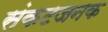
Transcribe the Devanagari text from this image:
संकटजनक